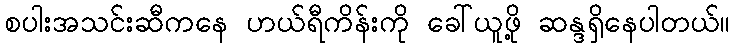
စပါးအသင်းဆီကနေ ဟယ်ရီကိန်းကို ခေါ်ယူဖို့ ဆန္ဒရှိနေပါတယ်။